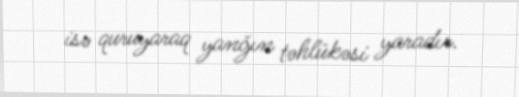
isə quruyaraq yanğın təhlükəsi yaradır.